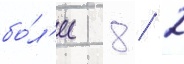
бо́л'ее 8 / 2